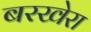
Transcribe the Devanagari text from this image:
बरखेरा